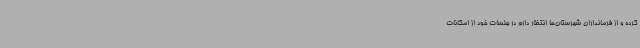
کرده و از فرمانداران شهرستان‌ها انتظار دارم در جلسات خود از امکانات